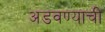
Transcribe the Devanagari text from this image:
अडवण्याची